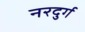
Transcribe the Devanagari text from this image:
नरदुर्ग